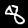
Digit: 8